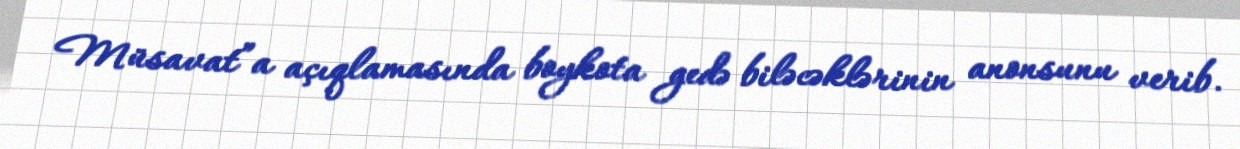
Müsavat”a açıqlamasında boykota gedə biləcəklərinin anonsunu verib.